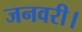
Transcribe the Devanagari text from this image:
जनवरी।